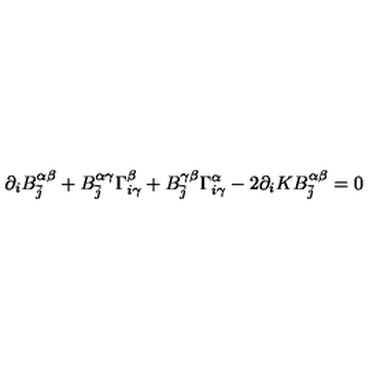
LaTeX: \partial _ { i } B _ { \bar { j } } ^ { \alpha \beta } + B _ { \bar { j } } ^ { \alpha \gamma } \Gamma _ { i \gamma } ^ { \beta } + B _ { \bar { j } } ^ { \gamma \beta } \Gamma _ { i \gamma } ^ { \alpha } - 2 \partial _ { i } K B _ { \bar { j } } ^ { \alpha \beta } = 0